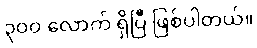
၃ဝဝ လောက် ရှိပြီ ဖြစ်ပါတယ်။